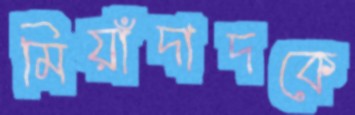
মিয়াঁদাদকে